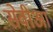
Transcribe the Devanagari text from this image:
सेवीआं